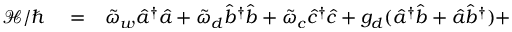
\begin{array} { r l r } { \mathcal { H } / \hbar } & { { } = } & { \tilde { \omega } _ { w } \hat { a } ^ { \dag } \hat { a } + \tilde { \omega } _ { d } \hat { b } ^ { \dag } \hat { b } + \tilde { \omega } _ { c } \hat { c } ^ { \dag } \hat { c } + g _ { d } ( \hat { a } ^ { \dag } \hat { b } + \hat { a } \hat { b } ^ { \dag } ) + } \end{array}